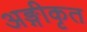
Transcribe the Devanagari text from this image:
अङ्गीकृत